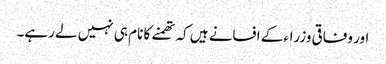
اور وفاقی وزراء کے افسانے ہیں کہ تھمنے کا نام ہی نہیں لے رہے۔